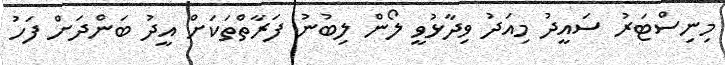
މިނިސްޓަރު ސައީދު މިިއަދު ވިދާޅުވީ ލޯން ލިބުނު ފަރާތްތަކަށް އީދު ބަންދަށް ފަހު